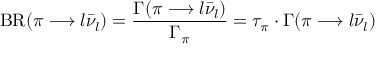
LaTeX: \mathrm { B R } ( \pi \longrightarrow l \bar { \nu } _ { l } ) = \frac { \Gamma ( \pi \longrightarrow l \bar { \nu } _ { l } ) } { \Gamma _ { \pi } } = \tau _ { \pi } \cdot \Gamma ( \pi \longrightarrow l \bar { \nu } _ { l } )